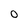
Character: 0